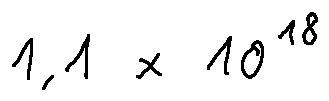
1 , 1 \times 1 0 ^ { 1 8 }